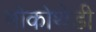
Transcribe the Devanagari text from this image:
मोकोथेडी